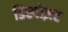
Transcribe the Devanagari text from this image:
डिस्पोज़र